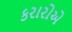
કરારોએ